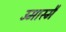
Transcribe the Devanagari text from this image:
उमास्मै